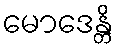
မောဒေန္တိ